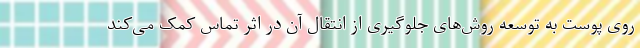
روی پوست به توسعه روش‌های جلوگیری از انتقال آن در اثر تماس کمک می‌کند